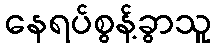
နေရပ်စွန့်ခွာသူ